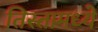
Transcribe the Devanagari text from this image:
तिस्तामध्ये